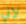
لاني